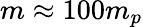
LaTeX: m\approx 100m_{p}